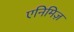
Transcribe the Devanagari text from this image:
एनिमिज़